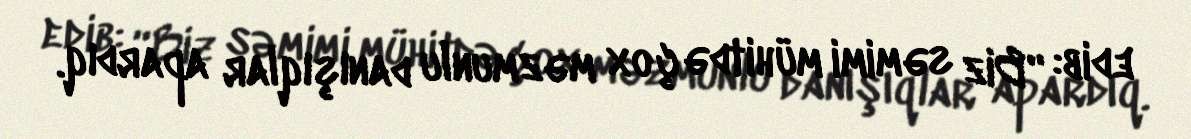
edib: “Biz səmimi mühitdə çox məzmunlu danışıqlar apardıq.